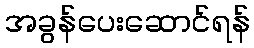
အခွန်ပေးဆောင်ရန်